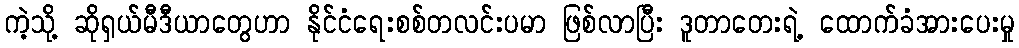
ကဲ့သို့ ဆိုရှယ်မီဒီယာတွေဟာ နိုင်ငံရေးစစ်တလင်းပမာ ဖြစ်လာပြီး ဒူတာတေးရဲ့ ထောက်ခံအားပေးမှု